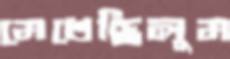
মেখেছিলুম